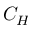
C _ { H }